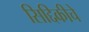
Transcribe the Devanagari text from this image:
सिद्दिकीचे